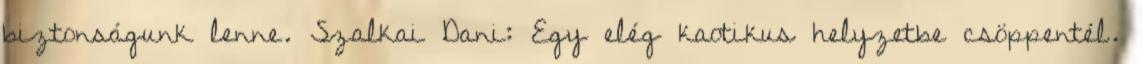
biztonságunk lenne. Szalkai Dani: Egy elég kaotikus helyzetbe csöppentél.